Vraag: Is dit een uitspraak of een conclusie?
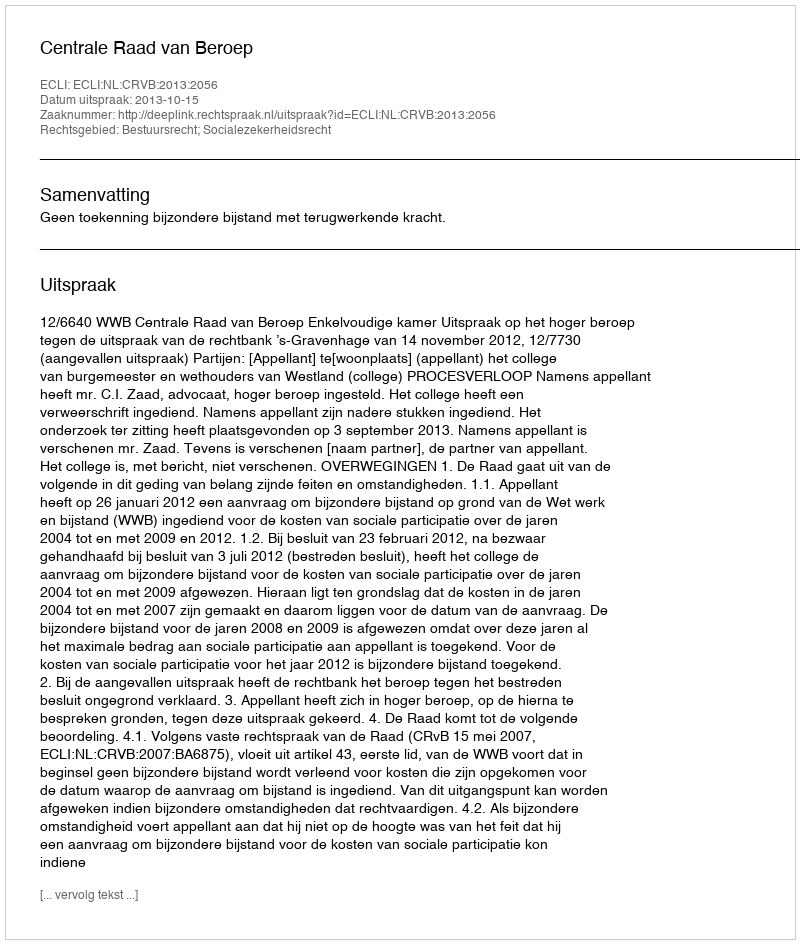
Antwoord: Uitspraak